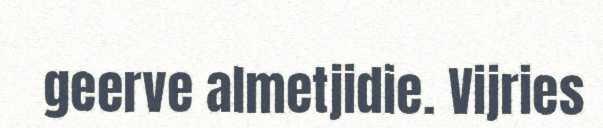
geerve almetjidie. Vijries